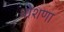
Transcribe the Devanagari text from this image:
धोशणा